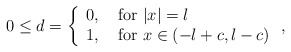
\begin{align*} 0\leq d=\left\{\begin{array}{ll} 0, &\mbox{ for } |x|=l\\ 1, &\mbox{ for } x\in (-l+c,l-c)\end{array}\right.,\end{align*}